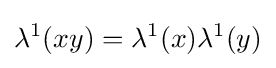
\lambda ^{1}(xy)=\lambda ^{1}(x)\lambda ^{1}(y)